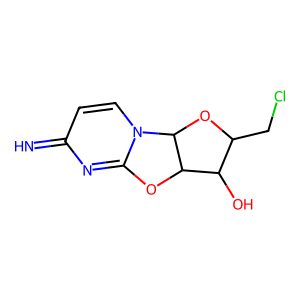
SMILES: N=c1ccn2c(n1)OC1C(O)C(CCl)OC12
Inhibits HIV replication: No